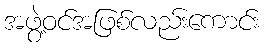
အဖွဲ့ဝင်အဖြစ်လည်းကောင်း